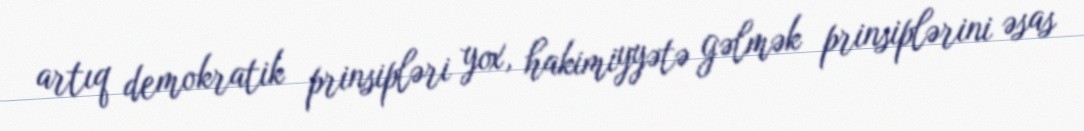
artıq demokratik prinsipləri yox, hakimiyyətə gəlmək prinsiplərini əsas